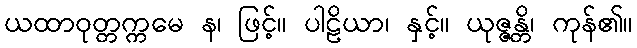
ယထာဝုတ္တက္ကမေ န၊ ဖြင့်။ ပါဠိယာ၊ နှင့်။ ယုဇ္ဇန္တိ၊ ကုန်၏။